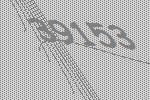
39153